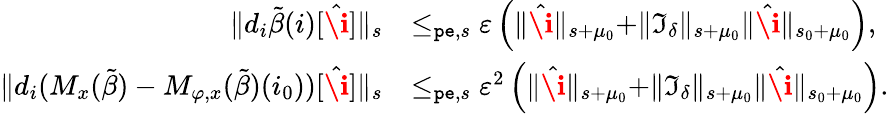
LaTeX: \begin{array}{rl}{\rVert d_{i}\tilde{\beta}(i)[\hat{\textbf{\i}}]\rVert_{s}}&{\le_{\mathtt{pe},s}\varepsilon\left(\rVert\hat{\textbf{\i}}\rVert_{s+\mu_{0}}+\rVert\mathfrak{I}_{\delta}\rVert_{s+\mu_{0}}\rVert\hat{\textbf{\i}}\rVert_{s_{0}+\mu_{0}}\right),}\\ {\rVert d_{i}(M_{x}(\tilde{\beta})-M_{\varphi,x}(\tilde{\beta})(i_{0}))[\hat{\textbf{\i}}]\rVert_{s}}&{\le_{\mathtt{pe},s}\varepsilon^{2}\left(\rVert\hat{\textbf{\i}}\rVert_{s+\mu_{0}}+\rVert\mathfrak{I}_{\delta}\rVert_{s+\mu_{0}}\rVert\hat{\textbf{\i}}\rVert_{s_{0}+\mu_{0}}\right).}\end{array}